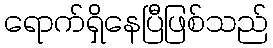
ရောက်ရှိနေပြီဖြစ်သည်